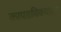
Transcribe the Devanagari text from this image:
कापडविक्याला